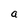
Character: a